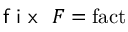
{ \textsf { f i x } } \ F = \operatorname { f a c t }